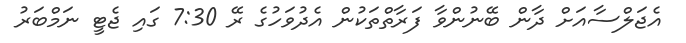
އެޖަލްސާއަށް ދާން ބޭނުންވާ ފަރާތްތަކުން އެދުވަހުގެ ރޭ 7:30 ގައި ޖެޓީ ނަމްބަރު